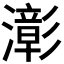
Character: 𤁀